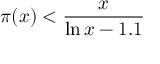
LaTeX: \pi ( x ) < { \frac { x } { \ln x - 1 . 1 } }